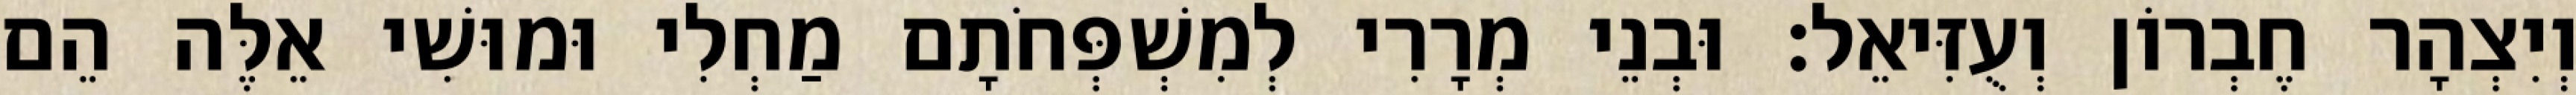
וְיִצְהָר חֶבְרוֹן וְעֻזִּיאֵל׃ וּבְנֵי מְרָרִי לְמִשְׁפְּחֹתָם מַחְלִי וּמוּשִׁי אֵלֶּה הֵם